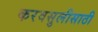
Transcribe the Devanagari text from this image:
करवसुलीसाठी